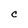
Character: C